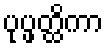
ပုပ္ဖတ္ထိကာ